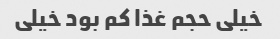
خیلی حجم غذا کم بود خیلی